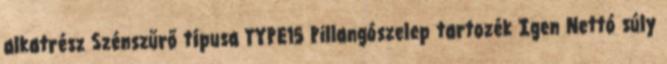
alkatrész Szénszűrő típusa TYPE15 Pillangószelep tartozék Igen Nettó súly